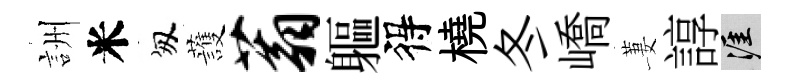
詶米匆䕶蓊軀得橈冬嶠萋諄涯